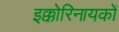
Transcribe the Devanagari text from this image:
इक्कोरिनायकों